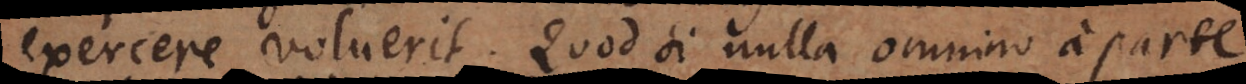
exercere voluerit. Quod si nulla omnino a parte